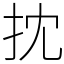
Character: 抌